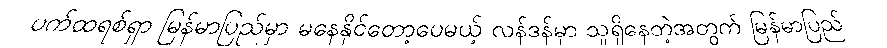
ပက်ထရစ်ရှာ မြန်မာပြည်မှာ မနေနိုင်တော့ပေမယ့် လန်ဒန်မှာ သူရှိနေတဲ့အတွက် မြန်မာပြည်